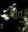
ચાતક